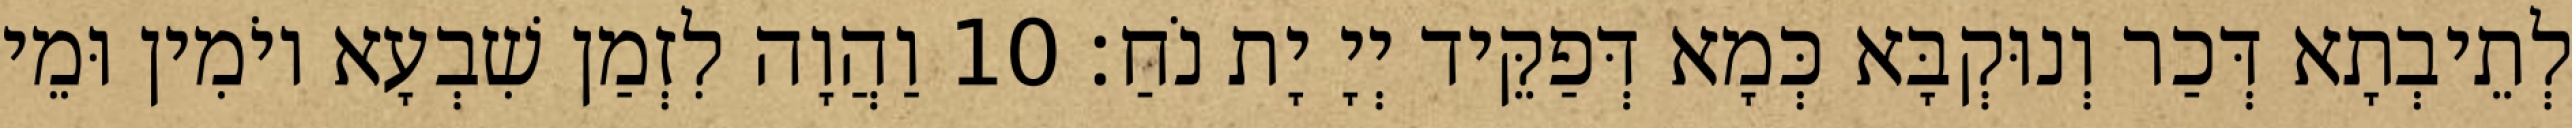
לְתֵיבְתָא דְּכַר וְנוּקְבָּא כְּמָא דְּפַקֵּיד יְיָ יָת נֹחַ׃ 10 וַהֲוָה לִזְמַן שִׁבְעָא יוֹמִין וּמֵי